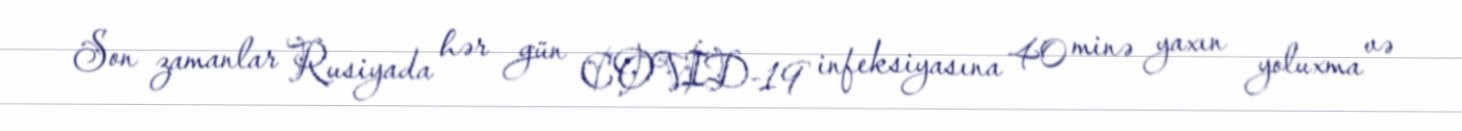
Son zamanlar Rusiyada hər gün COVİD-19 infeksiyasına 40 minə yaxın yoluxma və